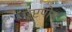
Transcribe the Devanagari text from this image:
एप्टपोस